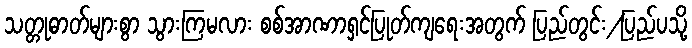
သတ္တုဓာတ်များစွာ သွားကြမလား စစ်အာဏာရှင်ပြုတ်ကျရေးအတွက် ပြည်တွင်း/ပြည်ပသို့